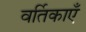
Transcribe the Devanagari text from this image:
वर्तिकाएँ